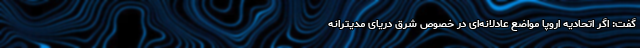
گفت: اگر اتحادیه اروپا مواضع عادلانه‌ای در خصوص شرق دریای مدیترانه